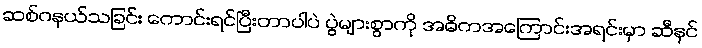
ဆစ်ဂနယ်သခြင်း ကောင်းရင်ပြီးတာပါပဲ ပွဲများစွာကို အဓိကအကြောင်းအရင်းမှာ ဆီနင်